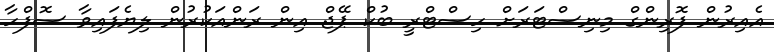
އެއިރުން ފޮރިންގް މިނިސްޓަރަށް ހިސްޓްރީ ބުކް ޕޭޖް އިން ރަންއަކުރުން ލިޔެފައިވާ ސޮފްހާ